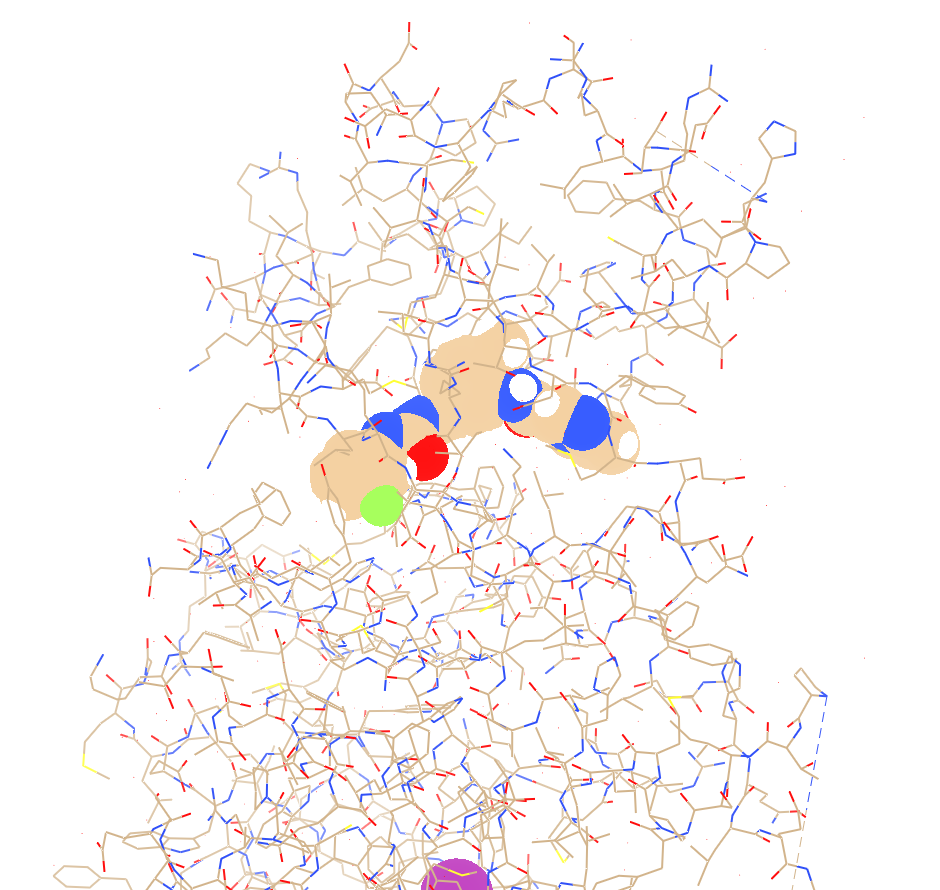
chimera, preset all atoms